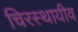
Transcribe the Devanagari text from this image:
चिरस्थायीव